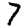
Digit: 7